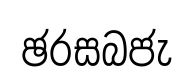
ඡරසබජැ